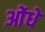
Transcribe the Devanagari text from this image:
ओंधे